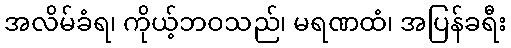
အလိမ်ခံရ၊ ကိုယ့်ဘဝသည်၊ မရဏထံ၊ အပြန်ခရီး